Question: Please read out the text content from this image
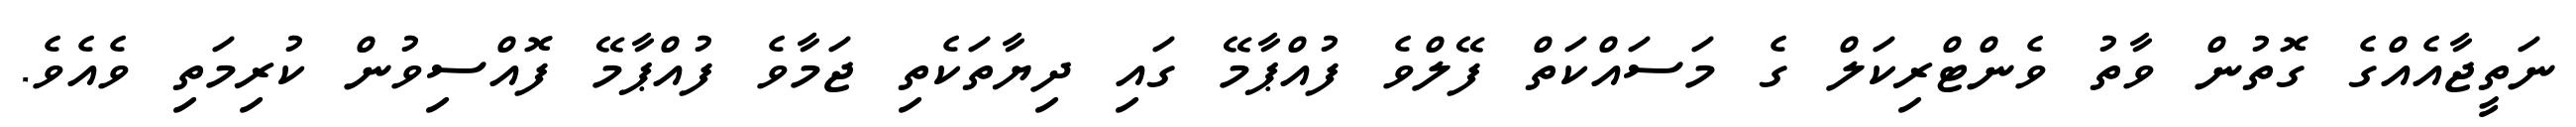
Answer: ނަތީޖާއެއްގެ ގޮތުން ވާތު ވެންޓްރިކަލް ގެ މަސައްކަތް ފޭލްވެ ފުއްޕާމޭ ގައި ދިޔާތަކެތި ޖަމާވެ ފުއްޕާމޭ ފޮއްސިވުން ކުރިމަތި ވެއެވެ.